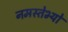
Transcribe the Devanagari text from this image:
नमस्तेभ्यो